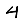
Digit: 4